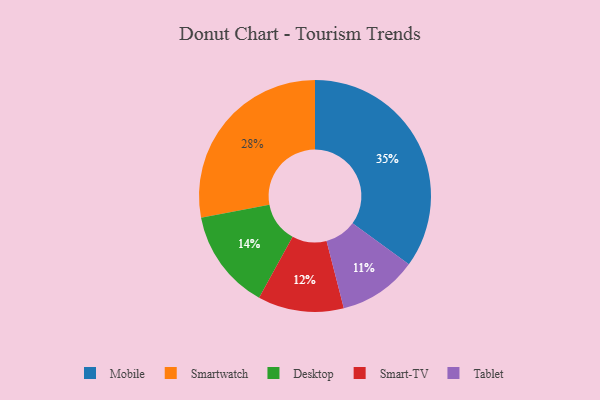
{"axis": {"x": "Category", "y": "Percentage"}, "legend": ["Desktop", "Mobile", "Smart-TV", "Smartwatch", "Tablet"], "data": [{"x": "Smartwatch", "y": 28, "type": "Smartwatch"}, {"x": "Desktop", "y": 14, "type": "Desktop"}, {"x": "Smart-TV", "y": 12, "type": "Smart-TV"}, {"x": "Tablet", "y": 11, "type": "Tablet"}, {"x": "Mobile", "y": 35, "type": "Mobile"}]}